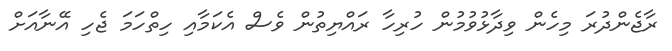
ރާޖެންދުރަ މިހެން ވިދާޅުވުމުން ހުރިހާ ރައްޔިތުން ވެސް އެކަމާއި ހިތްހަމަ ޖެހި އޭނާއަށް